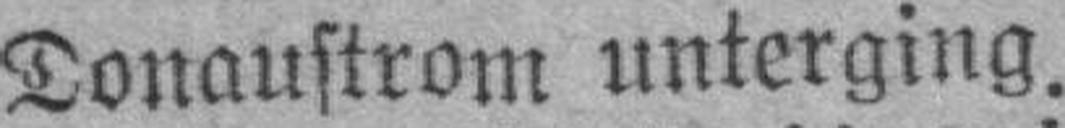
Donaustrom unterging.